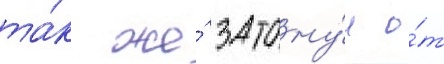
та́к же́ затону́л о́т